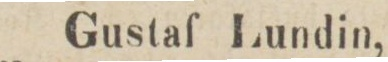
Gustaf Lundin,